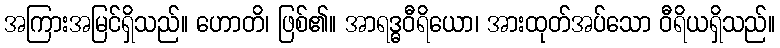
အကြားအမြင်ရှိသည်။ ဟောတိ၊ ဖြစ်၏။ အာရဒ္ဓဝီရိယော၊ အားထုတ်အပ်သော ဝီရိယရှိသည်။